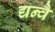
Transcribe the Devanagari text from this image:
द्यन्वै